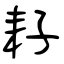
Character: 耔